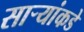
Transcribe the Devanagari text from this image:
सार्‍यांकडे